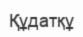
Құдатқұ